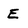
Character: E